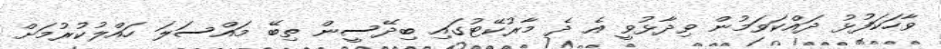
ވާހަކަފުޅު ދައްކަވަމުން ވިދާޅުވީ އެ ދެ މާރުކޭޓުގައި ބިދޭސީން ތިބޭ މައްސަލަ ހައްލުކުރުމަށް